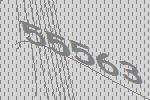
55563